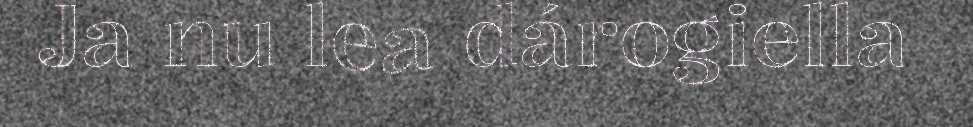
Ja nu lea dárogiella